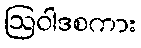
ဩဝါဒစကား